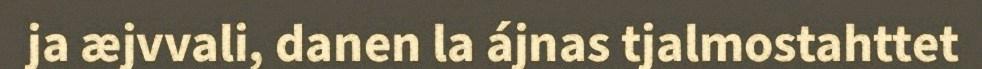
ja æjvvali, danen la ájnas tjalmostahttet